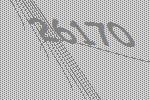
26170